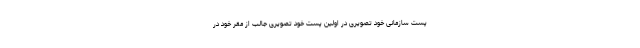
پست سازمانی خود تصویری در اولین پست خود تصویری جالب از مقر خود در